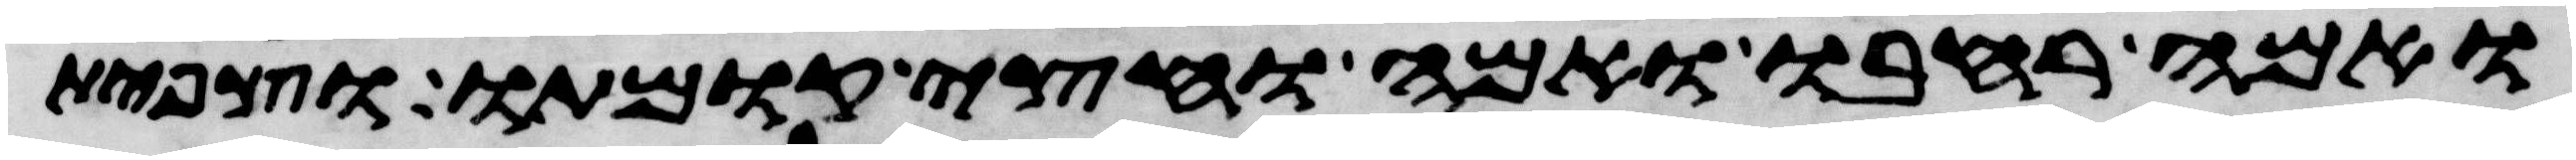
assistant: ואמה רחבו ואמה וחצי קומתו וצפית